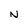
Character: N